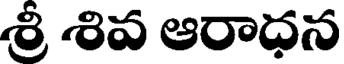
శ్రీ శివ ఆరాధన